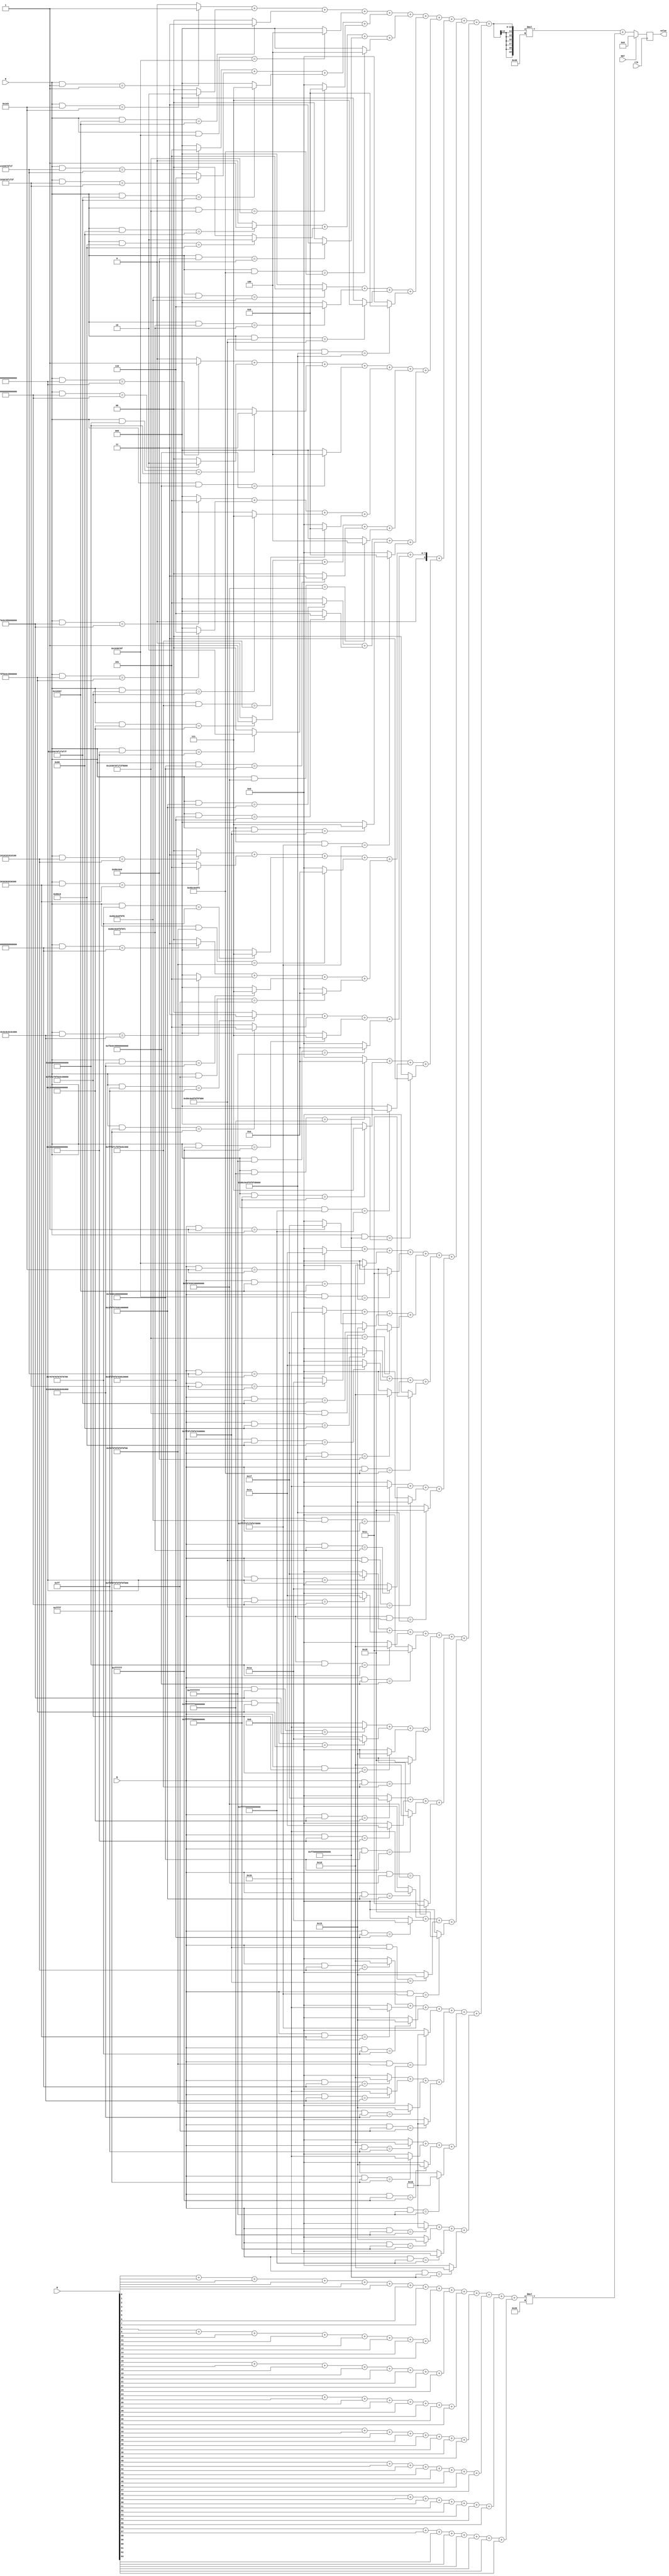
`timescale 1ns / 1ps
//////////////////////////////////////////////////////////////////////////////////
// Company: 
// Engineer: 
// 
// Design Name: 
// Module Name:    heuristics 
// Project Name: 
// Target Devices: 
// Tool versions: 
// Description: 
//
// Dependencies: 
//
// Revision: 
// Revision 0.01 - File Created
// Additional Comments: 
//
//////////////////////////////////////////////////////////////////////////////////
module heuristics(clk, RST, R, B, M, value/*, pattern_dbg1*/);
input clk;
input RST;
input [63:0] R;
input [63:0] B;
input [63:0] M;
output signed [19:0] value;
//output signed [4:0] pattern_dbg1;


reg signed [19:0] value_d;
reg signed [19:0] value_q;
reg signed [6:0] value_Rp0_d;
reg signed [6:0] value_Rp1_d;
reg signed [6:0] value_Rp2_d;
reg signed [6:0] value_Rp3_d;
reg signed [6:0] value_Rp4_d;
reg signed [6:0] value_Rp5_d;
reg signed [6:0] value_Rp6_d;
reg signed [6:0] value_Rp7_d;
reg signed [6:0] value_Rp8_d;
reg signed [6:0] value_Rp9_d;
reg signed [6:0] value_Rp10_d;
reg signed [6:0] value_Rp11_d;
reg signed [6:0] value_Bp0_d;
reg signed [6:0] value_Bp1_d;
reg signed [6:0] value_Bp2_d;
reg signed [6:0] value_Bp3_d;
reg signed [6:0] value_Bp4_d;
reg signed [6:0] value_Bp5_d;
reg signed [6:0] value_Bp6_d;
reg signed [6:0] value_Bp7_d;
reg signed [6:0] value_Bp8_d;
reg signed [6:0] value_Bp9_d;
reg signed [6:0] value_Bp10_d;
reg signed [6:0] value_Bp11_d;


reg signed [8:0] value_pp0_d;
reg signed [8:0] value_pp1_d;
reg signed [8:0] value_pp2_d;
reg signed [8:0] value_pp3_d;
reg signed [8:0] value_pp4_d;
reg signed [8:0] value_pp5_d;


wire signed [4:0] pattern00_Rd;
wire signed [4:0] pattern01_Rd;
wire signed [4:0] pattern02_Rd;
wire signed [4:0] pattern03_Rd;
wire signed [4:0] pattern04_Rd;
wire signed [4:0] pattern05_Rd;
wire signed [4:0] pattern06_Rd;
wire signed [4:0] pattern07_Rd;
wire signed [4:0] pattern08_Rd;
wire signed [4:0] pattern09_Rd;
wire signed [4:0] pattern10_Rd;
wire signed [4:0] pattern11_Rd;
wire signed [4:0] pattern12_Rd;
wire signed [4:0] pattern13_Rd;
wire signed [4:0] pattern14_Rd;
wire signed [4:0] pattern15_Rd;
wire signed [4:0] pattern16_Rd;
wire signed [4:0] pattern17_Rd;
wire signed [4:0] pattern18_Rd;
wire signed [4:0] pattern19_Rd;
wire signed [4:0] pattern20_Rd;
wire signed [4:0] pattern21_Rd;
wire signed [4:0] pattern22_Rd;
wire signed [4:0] pattern23_Rd;
wire signed [4:0] pattern24_Rd;
wire signed [4:0] pattern25_Rd;
wire signed [4:0] pattern26_Rd;
wire signed [4:0] pattern27_Rd;
wire signed [4:0] pattern28_Rd;
wire signed [4:0] pattern29_Rd;
wire signed [4:0] pattern30_Rd;
wire signed [4:0] pattern31_Rd;
wire signed [4:0] pattern32_Rd;
wire signed [4:0] pattern33_Rd;
wire signed [4:0] pattern34_Rd;
wire signed [4:0] pattern35_Rd;
wire signed [4:0] pattern36_Rd;
wire signed [4:0] pattern37_Rd;
wire signed [4:0] pattern38_Rd;
wire signed [4:0] pattern39_Rd;
wire signed [4:0] pattern40_Rd;
wire signed [4:0] pattern41_Rd;
wire signed [4:0] pattern42_Rd;
wire signed [4:0] pattern43_Rd;
wire signed [4:0] pattern44_Rd;
wire signed [4:0] pattern45_Rd;
wire signed [4:0] pattern46_Rd;
wire signed [4:0] pattern47_Rd;


wire signed [4:0] pattern00_Bd;
wire signed [4:0] pattern01_Bd;
wire signed [4:0] pattern02_Bd;
wire signed [4:0] pattern03_Bd;
wire signed [4:0] pattern04_Bd;
wire signed [4:0] pattern05_Bd;
wire signed [4:0] pattern06_Bd;
wire signed [4:0] pattern07_Bd;
wire signed [4:0] pattern08_Bd;
wire signed [4:0] pattern09_Bd;
wire signed [4:0] pattern10_Bd;
wire signed [4:0] pattern11_Bd;
wire signed [4:0] pattern12_Bd;
wire signed [4:0] pattern13_Bd;
wire signed [4:0] pattern14_Bd;
wire signed [4:0] pattern15_Bd;
wire signed [4:0] pattern16_Bd;
wire signed [4:0] pattern17_Bd;
wire signed [4:0] pattern18_Bd;
wire signed [4:0] pattern19_Bd;
wire signed [4:0] pattern20_Bd;
wire signed [4:0] pattern21_Bd;
wire signed [4:0] pattern22_Bd;
wire signed [4:0] pattern23_Bd;
wire signed [4:0] pattern24_Bd;
wire signed [4:0] pattern25_Bd;
wire signed [4:0] pattern26_Bd;
wire signed [4:0] pattern27_Bd;
wire signed [4:0] pattern28_Bd;
wire signed [4:0] pattern29_Bd;
wire signed [4:0] pattern30_Bd;
wire signed [4:0] pattern31_Bd;
wire signed [4:0] pattern32_Bd;
wire signed [4:0] pattern33_Bd;
wire signed [4:0] pattern34_Bd;
wire signed [4:0] pattern35_Bd;
wire signed [4:0] pattern36_Bd;
wire signed [4:0] pattern37_Bd;
wire signed [4:0] pattern38_Bd;
wire signed [4:0] pattern39_Bd;
wire signed [4:0] pattern40_Bd;
wire signed [4:0] pattern41_Bd;
wire signed [4:0] pattern42_Bd;
wire signed [4:0] pattern43_Bd;
wire signed [4:0] pattern44_Bd;
wire signed [4:0] pattern45_Bd;
wire signed [4:0] pattern46_Bd;
wire signed [4:0] pattern47_Bd;

//wire signed [4:0] pattern_dbg1 = pattern47_Bd;

assign pattern00_Rd = ((R[63:0] & 64'h0000000000000001) == 64'h0000000000000001) ?  1 : 0;
assign pattern00_Bd = ((B[63:0] & 64'h0000000000000001) == 64'h0000000000000001) ? -1 : 0;
assign pattern01_Rd = ((R[63:0] & 64'h0000000000000103) == 64'h0000000000000103) ?  2 : 0;
assign pattern01_Bd = ((B[63:0] & 64'h0000000000000103) == 64'h0000000000000103) ? -2 : 0;
assign pattern02_Rd = ((R[63:0] & 64'h0000000000010307) == 64'h0000000000010307) ?  3 : 0;
assign pattern02_Bd = ((B[63:0] & 64'h0000000000010307) == 64'h0000000000010307) ? -3 : 0;
assign pattern03_Rd = ((R[63:0] & 64'h000000000103070F) == 64'h000000000103070F) ?  4 : 0;
assign pattern03_Bd = ((B[63:0] & 64'h000000000103070F) == 64'h000000000103070F) ? -4 : 0;
assign pattern04_Rd = ((R[63:0] & 64'h0000000103070F1F) == 64'h0000000103070F1F) ?  5 : 0;
assign pattern04_Bd = ((B[63:0] & 64'h0000000103070F1F) == 64'h0000000103070F1F) ? -5 : 0;
assign pattern05_Rd = ((R[63:0] & 64'h00000103070F1F3F) == 64'h00000103070F1F3F) ?  6 : 0;
assign pattern05_Bd = ((B[63:0] & 64'h00000103070F1F3F) == 64'h00000103070F1F3F) ? -6 : 0;
assign pattern06_Rd = ((R[63:0] & 64'h000103070F1F3F7F) == 64'h000103070F1F3F7F) ?  7 : 0;
assign pattern06_Bd = ((B[63:0] & 64'h000103070F1F3F7F) == 64'h000103070F1F3F7F) ? -7 : 0;
assign pattern07_Rd = ((R[63:0] & 64'h0103070F1F3F7FFF) == 64'h0103070F1F3F7FFF) ?  8 : 0;
assign pattern07_Bd = ((B[63:0] & 64'h0103070F1F3F7FFF) == 64'h0103070F1F3F7FFF) ? -8 : 0;
assign pattern08_Rd = ((R[63:0] & 64'h0000000000000080) == 64'h0000000000000080) ?  1 : 0;
assign pattern08_Bd = ((B[63:0] & 64'h0000000000000080) == 64'h0000000000000080) ? -1 : 0;
assign pattern09_Rd = ((R[63:0] & 64'h00000000000080C0) == 64'h00000000000080C0) ?  2 : 0;
assign pattern09_Bd = ((B[63:0] & 64'h00000000000080C0) == 64'h00000000000080C0) ? -2 : 0;
assign pattern10_Rd = ((R[63:0] & 64'h000000000080C0E0) == 64'h000000000080C0E0) ?  3 : 0;
assign pattern10_Bd = ((B[63:0] & 64'h000000000080C0E0) == 64'h000000000080C0E0) ? -3 : 0;
assign pattern11_Rd = ((R[63:0] & 64'h0000000080C0E0F0) == 64'h0000000080C0E0F0) ?  4 : 0;
assign pattern11_Bd = ((B[63:0] & 64'h0000000080C0E0F0) == 64'h0000000080C0E0F0) ? -4 : 0;
assign pattern12_Rd = ((R[63:0] & 64'h00000080C0E0F0F8) == 64'h00000080C0E0F0F8) ?  5 : 0;
assign pattern12_Bd = ((B[63:0] & 64'h00000080C0E0F0F8) == 64'h00000080C0E0F0F8) ? -5 : 0;
assign pattern13_Rd = ((R[63:0] & 64'h000080C0E0F0F8FC) == 64'h000080C0E0F0F8FC) ?  6 : 0;
assign pattern13_Bd = ((B[63:0] & 64'h000080C0E0F0F8FC) == 64'h000080C0E0F0F8FC) ? -6 : 0;
assign pattern14_Rd = ((R[63:0] & 64'h0080C0E0F0F8FCFE) == 64'h0080C0E0F0F8FCFE) ?  7 : 0;
assign pattern14_Bd = ((B[63:0] & 64'h0080C0E0F0F8FCFE) == 64'h0080C0E0F0F8FCFE) ? -7 : 0;
assign pattern15_Rd = ((R[63:0] & 64'h80C0E0F0F8FCFEFF) == 64'h80C0E0F0F8FCFEFF) ?  8 : 0;
assign pattern15_Bd = ((B[63:0] & 64'h80C0E0F0F8FCFEFF) == 64'h80C0E0F0F8FCFEFF) ? -8 : 0;
assign pattern16_Rd = ((R[63:0] & 64'h8000000000000000) == 64'h8000000000000000) ?  1 : 0;
assign pattern16_Bd = ((B[63:0] & 64'h8000000000000000) == 64'h8000000000000000) ? -1 : 0;
assign pattern17_Rd = ((R[63:0] & 64'hC080000000000000) == 64'hC080000000000000) ?  2 : 0;
assign pattern17_Bd = ((B[63:0] & 64'hC080000000000000) == 64'hC080000000000000) ? -2 : 0;
assign pattern18_Rd = ((R[63:0] & 64'hE0C0800000000000) == 64'hE0C0800000000000) ?  3 : 0;
assign pattern18_Bd = ((B[63:0] & 64'hE0C0800000000000) == 64'hE0C0800000000000) ? -3 : 0;
assign pattern19_Rd = ((R[63:0] & 64'hF0E0C08000000000) == 64'hF0E0C08000000000) ?  4 : 0;
assign pattern19_Bd = ((B[63:0] & 64'hF0E0C08000000000) == 64'hF0E0C08000000000) ? -4 : 0;
assign pattern20_Rd = ((R[63:0] & 64'hF8F0E0C080000000) == 64'hF8F0E0C080000000) ?  5 : 0;
assign pattern20_Bd = ((B[63:0] & 64'hF8F0E0C080000000) == 64'hF8F0E0C080000000) ? -5 : 0;
assign pattern21_Rd = ((R[63:0] & 64'hFCF8F0E0C0800000) == 64'hFCF8F0E0C0800000) ?  6 : 0;
assign pattern21_Bd = ((B[63:0] & 64'hFCF8F0E0C0800000) == 64'hFCF8F0E0C0800000) ? -6 : 0;
assign pattern22_Rd = ((R[63:0] & 64'hFEFCF8F0E0C08000) == 64'hFEFCF8F0E0C08000) ?  7 : 0;
assign pattern22_Bd = ((B[63:0] & 64'hFEFCF8F0E0C08000) == 64'hFEFCF8F0E0C08000) ? -7 : 0;
assign pattern23_Rd = ((R[63:0] & 64'hFFFEFCF8F0E0C080) == 64'hFFFEFCF8F0E0C080) ?  8 : 0;
assign pattern23_Bd = ((B[63:0] & 64'hFFFEFCF8F0E0C080) == 64'hFFFEFCF8F0E0C080) ? -8 : 0;
assign pattern24_Rd = ((R[63:0] & 64'h0100000000000000) == 64'h0100000000000000) ?  1 : 0;
assign pattern24_Bd = ((B[63:0] & 64'h0100000000000000) == 64'h0100000000000000) ? -1 : 0;
assign pattern25_Rd = ((R[63:0] & 64'h0301000000000000) == 64'h0301000000000000) ?  2 : 0;
assign pattern25_Bd = ((B[63:0] & 64'h0301000000000000) == 64'h0301000000000000) ? -2 : 0;
assign pattern26_Rd = ((R[63:0] & 64'h0703010000000000) == 64'h0703010000000000) ?  3 : 0;
assign pattern26_Bd = ((B[63:0] & 64'h0703010000000000) == 64'h0703010000000000) ? -3 : 0;
assign pattern27_Rd = ((R[63:0] & 64'h0F07030100000000) == 64'h0F07030100000000) ?  4 : 0;
assign pattern27_Bd = ((B[63:0] & 64'h0F07030100000000) == 64'h0F07030100000000) ? -4 : 0;
assign pattern28_Rd = ((R[63:0] & 64'h1F0F070301000000) == 64'h1F0F070301000000) ?  5 : 0;
assign pattern28_Bd = ((B[63:0] & 64'h1F0F070301000000) == 64'h1F0F070301000000) ? -5 : 0;
assign pattern29_Rd = ((R[63:0] & 64'h3F1F0F0703010000) == 64'h3F1F0F0703010000) ?  6 : 0;
assign pattern29_Bd = ((B[63:0] & 64'h3F1F0F0703010000) == 64'h3F1F0F0703010000) ? -6 : 0;
assign pattern30_Rd = ((R[63:0] & 64'h7F3F1F0F07030100) == 64'h7F3F1F0F07030100) ?  7 : 0;
assign pattern30_Bd = ((B[63:0] & 64'h7F3F1F0F07030100) == 64'h7F3F1F0F07030100) ? -7 : 0;
assign pattern31_Rd = ((R[63:0] & 64'hFF7F3F1F0F070301) == 64'hFF7F3F1F0F070301) ?  8 : 0;
assign pattern31_Bd = ((B[63:0] & 64'hFF7F3F1F0F070301) == 64'hFF7F3F1F0F070301) ? -8 : 0;
assign pattern32_Rd = ((R[63:0] & 64'h0101010101010101) == 64'h0101010101010101) ?  3 : 0;
assign pattern32_Bd = ((B[63:0] & 64'h0101010101010101) == 64'h0101010101010101) ? -3 : 0;
assign pattern33_Rd = ((R[63:0] & 64'h0303030303030303) == 64'h0303030303030303) ?  5 : 0;
assign pattern33_Bd = ((B[63:0] & 64'h0303030303030303) == 64'h0303030303030303) ? -5 : 0;
assign pattern34_Rd = ((R[63:0] & 64'h0707070707070707) == 64'h0707070707070707) ?  7 : 0;
assign pattern34_Bd = ((B[63:0] & 64'h0707070707070707) == 64'h0707070707070707) ? -7 : 0;
assign pattern35_Rd = ((R[63:0] & 64'h0F0F0F0F0F0F0F0F) == 64'h0F0F0F0F0F0F0F0F) ?  10 : 0;
assign pattern35_Bd = ((B[63:0] & 64'h0F0F0F0F0F0F0F0F) == 64'h0F0F0F0F0F0F0F0F) ? -10 : 0;
assign pattern36_Rd = ((R[63:0] & 64'h8080808080808080) == 64'h8080808080808080) ?  3 : 0;
assign pattern36_Bd = ((B[63:0] & 64'h8080808080808080) == 64'h8080808080808080) ? -3 : 0;
assign pattern37_Rd = ((R[63:0] & 64'hC0C0C0C0C0C0C0C0) == 64'hC0C0C0C0C0C0C0C0) ?  5 : 0;
assign pattern37_Bd = ((B[63:0] & 64'hC0C0C0C0C0C0C0C0) == 64'hC0C0C0C0C0C0C0C0) ? -5 : 0;
assign pattern38_Rd = ((R[63:0] & 64'hE0E0E0E0E0E0E0E0) == 64'hE0E0E0E0E0E0E0E0) ?  7 : 0;
assign pattern38_Bd = ((B[63:0] & 64'hE0E0E0E0E0E0E0E0) == 64'hE0E0E0E0E0E0E0E0) ? -7 : 0;
assign pattern39_Rd = ((R[63:0] & 64'hF0F0F0F0F0F0F0F0) == 64'hF0F0F0F0F0F0F0F0) ?  10 : 0;
assign pattern39_Bd = ((B[63:0] & 64'hF0F0F0F0F0F0F0F0) == 64'hF0F0F0F0F0F0F0F0) ? -10 : 0;
assign pattern40_Rd = ((R[63:0] & 64'h00000000000000FF) == 64'h00000000000000FF) ?  3 : 0;
assign pattern40_Bd = ((B[63:0] & 64'h00000000000000FF) == 64'h00000000000000FF) ? -3 : 0;
assign pattern41_Rd = ((R[63:0] & 64'h000000000000FFFF) == 64'h000000000000FFFF) ?  5 : 0;
assign pattern41_Bd = ((B[63:0] & 64'h000000000000FFFF) == 64'h000000000000FFFF) ? -5 : 0;
assign pattern42_Rd = ((R[63:0] & 64'h0000000000FFFFFF) == 64'h0000000000FFFFFF) ?  7 : 0;
assign pattern42_Bd = ((B[63:0] & 64'h0000000000FFFFFF) == 64'h0000000000FFFFFF) ? -7 : 0;
assign pattern43_Rd = ((R[63:0] & 64'h00000000FFFFFFFF) == 64'h00000000FFFFFFFF) ?  10 : 0;
assign pattern43_Bd = ((B[63:0] & 64'h00000000FFFFFFFF) == 64'h00000000FFFFFFFF) ? -10 : 0;
assign pattern44_Rd = ((R[63:0] & 64'hFFFFFFFF00000000) == 64'hFFFFFFFF00000000) ?  10 : 0;
assign pattern44_Bd = ((B[63:0] & 64'hFFFFFFFF00000000) == 64'hFFFFFFFF00000000) ? -10 : 0;
assign pattern45_Rd = ((R[63:0] & 64'hFFFFFF0000000000) == 64'hFFFFFF0000000000) ?  7 : 0;
assign pattern45_Bd = ((B[63:0] & 64'hFFFFFF0000000000) == 64'hFFFFFF0000000000) ? -7 : 0;
assign pattern46_Rd = ((R[63:0] & 64'hFFFF000000000000) == 64'hFFFF000000000000) ?  5 : 0;
assign pattern46_Bd = ((B[63:0] & 64'hFFFF000000000000) == 64'hFFFF000000000000) ? -5 : 0;
assign pattern47_Rd = ((R[63:0] & 64'hFF00000000000000) == 64'hFF00000000000000) ?  3 : 0;
assign pattern47_Bd = ((B[63:0] & 64'hFF00000000000000) == 64'hFF00000000000000) ? -3 : 0;

//wire [5:0] mutability;


//cntB_d = cntB_p00_d + cntB_p01_d + cntB_p02_d + cntB_p03_d + cntB_p04_d + cntB_p05_d + cntB_p06_d + cntB_p07_d;

//assign mutability = M[0] + M[1] + M[2] + M[3] + M[4] + M[5] + M[6] + M[7] + M[8] + M[9] + M[10] + M[11] + M[12] + M[13] + M[14] + M[15] + M[16] + M[17] + M[18] + M[19] + M[20] + M[21] + M[22] + M[23] + M[24] + M[25] + M[26] + M[27] + M[28] + M[29] + M[30] + M[31] + M[32] + M[33] + M[34] + M[35] + M[36] + M[37] + M[38] + M[39] + M[40] + M[41] + M[42] + M[43] + M[44] + M[45] + M[46] + M[47] + M[48] + M[49] + M[50] + M[51] + M[52] + M[53] + M[54] + M[55] + M[56] + M[57] + M[58] + M[59] + M[60] + M[61] + M[62] + M[63];


reg [3:0] cntM_p00_d;
reg [3:0] cntM_p01_d;
reg [3:0] cntM_p02_d;
reg [3:0] cntM_p03_d;
reg [3:0] cntM_p04_d;
reg [3:0] cntM_p05_d;
reg [3:0] cntM_p06_d;
reg [3:0] cntM_p07_d;

reg [6:0] mutability_d;


always @( * ) begin

	cntM_p00_d = M[00] + M[01] + M[02] + M[03] + M[04] + M[05] + M[06] + M[07];
	cntM_p01_d = M[08] + M[09] + M[10] + M[11] + M[12] + M[13] + M[14] + M[15];
	cntM_p02_d = M[16] + M[17] + M[18] + M[19] + M[20] + M[21] + M[22] + M[23];
	cntM_p03_d = M[24] + M[25] + M[26] + M[27] + M[28] + M[29] + M[30] + M[31];
	cntM_p04_d = M[32] + M[33] + M[34] + M[35] + M[36] + M[37] + M[38] + M[39];
	cntM_p05_d = M[40] + M[41] + M[42] + M[43] + M[44] + M[45] + M[46] + M[47];
	cntM_p06_d = M[48] + M[49] + M[50] + M[51] + M[52] + M[53] + M[54] + M[55];
	cntM_p07_d = M[56] + M[57] + M[58] + M[59] + M[60] + M[61] + M[62] + M[63];
	
	mutability_d = cntM_p00_d + cntM_p01_d + cntM_p02_d + cntM_p03_d + cntM_p04_d + cntM_p05_d + cntM_p06_d + cntM_p07_d;


	value_Rp0_d = pattern00_Rd + pattern01_Rd + pattern02_Rd + pattern03_Rd; 
	value_Rp1_d = pattern04_Rd + pattern05_Rd + pattern06_Rd + pattern07_Rd; 
	value_Rp2_d = pattern08_Rd + pattern09_Rd + pattern10_Rd + pattern11_Rd; 
	value_Rp3_d = pattern12_Rd + pattern13_Rd + pattern14_Rd + pattern15_Rd; 
	value_Rp4_d = pattern16_Rd + pattern17_Rd + pattern18_Rd + pattern19_Rd; 
	value_Rp5_d = pattern20_Rd + pattern21_Rd + pattern22_Rd + pattern23_Rd; 
	value_Rp6_d = pattern24_Rd + pattern25_Rd + pattern26_Rd + pattern27_Rd; 
	value_Rp7_d = pattern28_Rd + pattern29_Rd + pattern30_Rd + pattern31_Rd; 
	value_Rp8_d = pattern32_Rd + pattern33_Rd + pattern34_Rd + pattern35_Rd; 
	value_Rp9_d = pattern36_Rd + pattern37_Rd + pattern38_Rd + pattern39_Rd; 
	value_Rp10_d = pattern40_Rd + pattern41_Rd + pattern42_Rd + pattern43_Rd; 
	value_Rp11_d = pattern44_Rd + pattern45_Rd + pattern46_Rd + pattern47_Rd; 


	value_Bp0_d = pattern00_Bd + pattern01_Bd + pattern02_Bd + pattern03_Bd; 
	value_Bp1_d = pattern04_Bd + pattern05_Bd + pattern06_Bd + pattern07_Bd; 
	value_Bp2_d = pattern08_Bd + pattern09_Bd + pattern10_Bd + pattern11_Bd; 
	value_Bp3_d = pattern12_Bd + pattern13_Bd + pattern14_Bd + pattern15_Bd; 
	value_Bp4_d = pattern16_Bd + pattern17_Bd + pattern18_Bd + pattern19_Bd; 
	value_Bp5_d = pattern20_Bd + pattern21_Bd + pattern22_Bd + pattern23_Bd; 
	value_Bp6_d = pattern24_Bd + pattern25_Bd + pattern26_Bd + pattern27_Bd; 
	value_Bp7_d = pattern28_Bd + pattern29_Bd + pattern30_Bd + pattern31_Bd; 
	value_Bp8_d = pattern32_Bd + pattern33_Bd + pattern34_Bd + pattern35_Bd; 
	value_Bp9_d = pattern36_Bd + pattern37_Bd + pattern38_Bd + pattern39_Bd; 
	value_Bp10_d = pattern40_Bd + pattern41_Bd + pattern42_Bd + pattern43_Bd; 
	value_Bp11_d = pattern44_Bd + pattern45_Bd + pattern46_Bd + pattern47_Bd; 


	value_pp0_d = value_Rp0_d + value_Rp1_d + value_Rp2_d + value_Rp3_d; 
	value_pp1_d = value_Rp4_d + value_Rp5_d + value_Rp6_d + value_Rp7_d; 
	value_pp2_d = value_Rp8_d + value_Rp9_d + value_Rp10_d + value_Rp11_d; 
	value_pp3_d = value_Bp0_d + value_Bp1_d + value_Bp2_d + value_Bp3_d; 
	value_pp4_d = value_Bp4_d + value_Bp5_d + value_Bp6_d + value_Bp7_d; 
	value_pp5_d = value_Bp8_d + value_Bp9_d + value_Bp10_d + value_Bp11_d; 


value_d = value_pp0_d + value_pp1_d + value_pp2_d + value_pp3_d + value_pp4_d + value_pp5_d;
//value_d = value_d*64 + mutability_d*16;
value_d = value_d*64 + mutability_d*32;

/*

CHAIN METHOD
      value_d = (pattern00_d + pattern01_d + pattern02_d + pattern03_d + 
					 pattern04_d + pattern05_d + pattern06_d + pattern07_d + 
					 pattern08_d + pattern09_d + pattern10_d + pattern11_d + 
					 pattern12_d + pattern13_d + pattern14_d + pattern15_d + 
					 pattern16_d + pattern17_d + pattern18_d + pattern19_d + 
					 pattern20_d + pattern21_d + pattern22_d + pattern23_d + 
					 pattern24_d + pattern25_d + pattern26_d + pattern27_d + 
					 pattern28_d + pattern29_d + pattern30_d + pattern31_d + 
					 pattern32_d + pattern33_d + pattern34_d + pattern35_d + 
					 pattern36_d + pattern37_d + pattern38_d + pattern39_d + 
					 pattern40_d + pattern41_d + pattern42_d + pattern43_d + 
					 pattern44_d + pattern45_d + pattern46_d + pattern47_d) * 16;
					 
*/

end

always @(posedge clk) begin
    if ( RST ) begin
	     value_q <= 20'b0;
	 end
	 else begin
        value_q <= value_d;
	 end
end

assign value = value_q;

endmodule